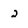
Character: 2